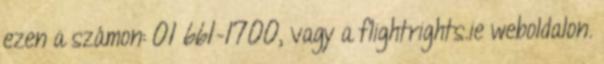
ezen a számon: 01 661-1700, vagy a flightrights.ie weboldalon.